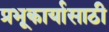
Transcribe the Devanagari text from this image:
प्रभूकार्यासाठी